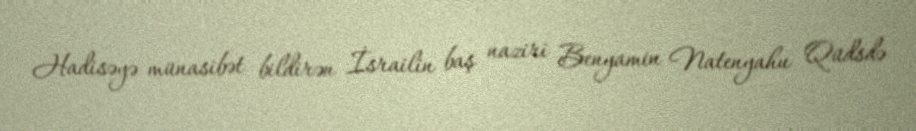
Hadisəyə münasibət bildirən İsrailin baş naziri Benyamin Natenyahu Qüdsdə